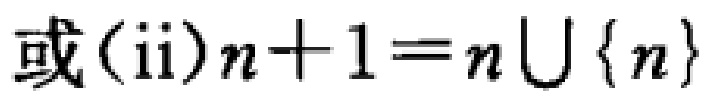
或(ii)$n + 1 = n\bigcup\{n\}$